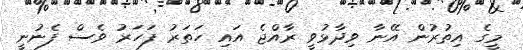
މީގެ އިތުރުން އޭނާ ވިދާޅުވީ ރާއްޖެ އައި ހަތަރު ފަހަރު ވެސް ފެނުނީ